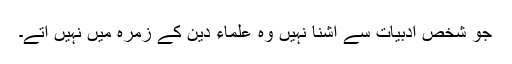
جو شخص ادبیات سے آشنا نہیں وہ علماء دین کے زمرہ میں نہیں آتے۔